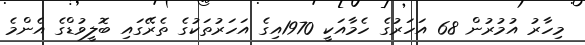
މިހާރު އުމުރުން 68 އަހަރުގެ ހެމާއަކީ 1970އިގެ އަހަރުތަކުގެ ތެރޭގައި ބޮލީވުޑްގެ އެންމެ